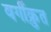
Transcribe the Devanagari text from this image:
वर्गीक्रुत